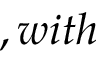
, w i t h